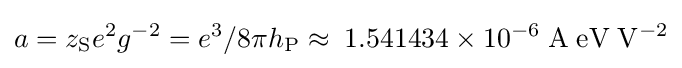
a=z_{\mathrm {S} }e^{2}g^{-2}=e^{3}/8\pi h_{\mathrm {P} }\approx \;1.541434\times 10^{-6}\;\mathrm {A\;eV} \;{\mathrm {V} }^{-2}